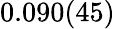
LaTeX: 0.090(45)